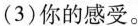
(3)你的感受。